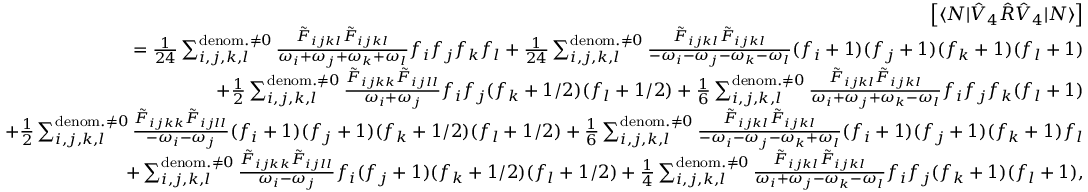
\begin{array} { r l r } & { } & { \left[ \langle N | \hat { V } _ { 4 } \hat { R } \hat { V } _ { 4 } | N \rangle \right] } \\ & { } & { = \frac { 1 } { 2 4 } \sum _ { i , j , k , l } ^ { { \mathrm { d e n o m . } \neq 0 } } \frac { \tilde { F } _ { i j k l } \tilde { F } _ { i j k l } } { \omega _ { i } + \omega _ { j } + \omega _ { k } + \omega _ { l } } f _ { i } f _ { j } f _ { k } f _ { l } + \frac { 1 } { 2 4 } \sum _ { i , j , k , l } ^ { { \mathrm { d e n o m . } \neq 0 } } \frac { \tilde { F } _ { i j k l } \tilde { F } _ { i j k l } } { - \omega _ { i } - \omega _ { j } - \omega _ { k } - \omega _ { l } } ( f _ { i } + 1 ) ( f _ { j } + 1 ) ( f _ { k } + 1 ) ( f _ { l } + 1 ) } \\ & { } & { + \frac { 1 } { 2 } \sum _ { i , j , k , l } ^ { \mathrm { d e n o m . } \neq 0 } \frac { \tilde { F } _ { i j k k } \tilde { F } _ { i j l l } } { \omega _ { i } + \omega _ { j } } { f _ { i } } { f _ { j } } { ( f _ { k } + 1 / 2 ) } { ( f _ { l } + 1 / 2 ) } + \frac { 1 } { 6 } \sum _ { i , j , k , l } ^ { \mathrm { d e n o m . } \neq 0 } \frac { \tilde { F } _ { i j k l } \tilde { F } _ { i j k l } } { \omega _ { i } + \omega _ { j } + \omega _ { k } - \omega _ { l } } { f _ { i } } { f _ { j } } { f _ { k } } ( f _ { l } + 1 ) } \\ & { } & { + \frac { 1 } { 2 } \sum _ { i , j , k , l } ^ { \mathrm { d e n o m . } \neq 0 } \frac { \tilde { F } _ { i j k k } \tilde { F } _ { i j l l } } { - \omega _ { i } - \omega _ { j } } { ( f _ { i } + 1 ) } { ( f _ { j } + 1 ) } { ( f _ { k } + 1 / 2 ) } { ( f _ { l } + 1 / 2 ) } + \frac { 1 } { 6 } \sum _ { i , j , k , l } ^ { \mathrm { d e n o m . } \neq 0 } \frac { \tilde { F } _ { i j k l } \tilde { F } _ { i j k l } } { - \omega _ { i } - \omega _ { j } - \omega _ { k } + \omega _ { l } } { ( f _ { i } + 1 ) } { ( f _ { j } + 1 ) } { ( f _ { k } + 1 ) } f _ { l } } \\ & { } & { + \sum _ { i , j , k , l } ^ { \mathrm { d e n o m . } \neq 0 } \frac { \tilde { F } _ { i j k k } \tilde { F } _ { i j l l } } { \omega _ { i } - \omega _ { j } } { f _ { i } } { ( f _ { j } + 1 ) } { ( f _ { k } + 1 / 2 ) } { ( f _ { l } + 1 / 2 ) } + \frac { 1 } { 4 } \sum _ { i , j , k , l } ^ { \mathrm { d e n o m . } \neq 0 } \frac { \tilde { F } _ { i j k l } \tilde { F } _ { i j k l } } { \omega _ { i } + \omega _ { j } - \omega _ { k } - \omega _ { l } } { f _ { i } } { f _ { j } } { ( f _ { k } + 1 ) } ( f _ { l } + 1 ) , } \end{array}